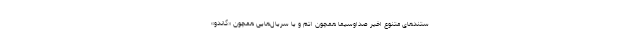
ستندهای متنوع اخیر صداوسیما همچون اتم و یا سریال‌هایی همچون «گاندو»